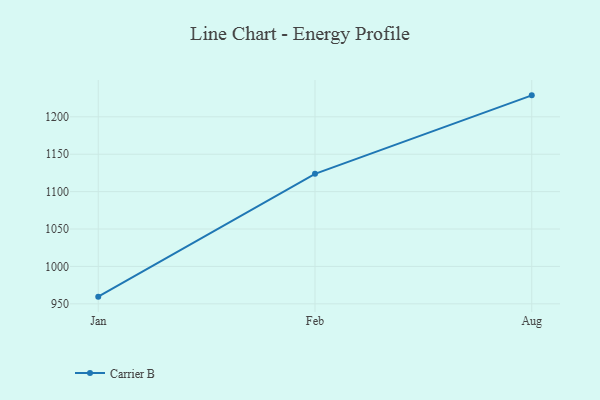
{"axis": {"x": "Month", "y": "Active Users"}, "legend": ["Carrier B"], "data": [{"x": "Jan", "y": 959.6, "type": "Carrier B"}, {"x": "Feb", "y": 1123.8, "type": "Carrier B"}, {"x": "Aug", "y": 1228.7, "type": "Carrier B"}]}